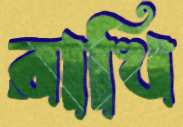
রাখি